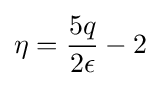
\eta ={\frac {5q}{2\epsilon }}-2